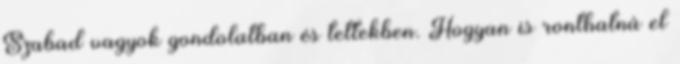
Szabad vagyok gondolatban és tettekben. Hogyan is ronthatná el